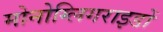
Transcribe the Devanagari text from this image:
मोनोग्लिगराइडों